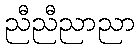
ညီညီညာညာ